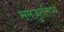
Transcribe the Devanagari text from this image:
समजुतीमध्ये